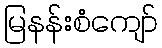
မြနန်းစံကျော်